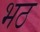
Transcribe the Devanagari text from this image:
भठ